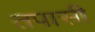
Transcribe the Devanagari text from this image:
तपासी